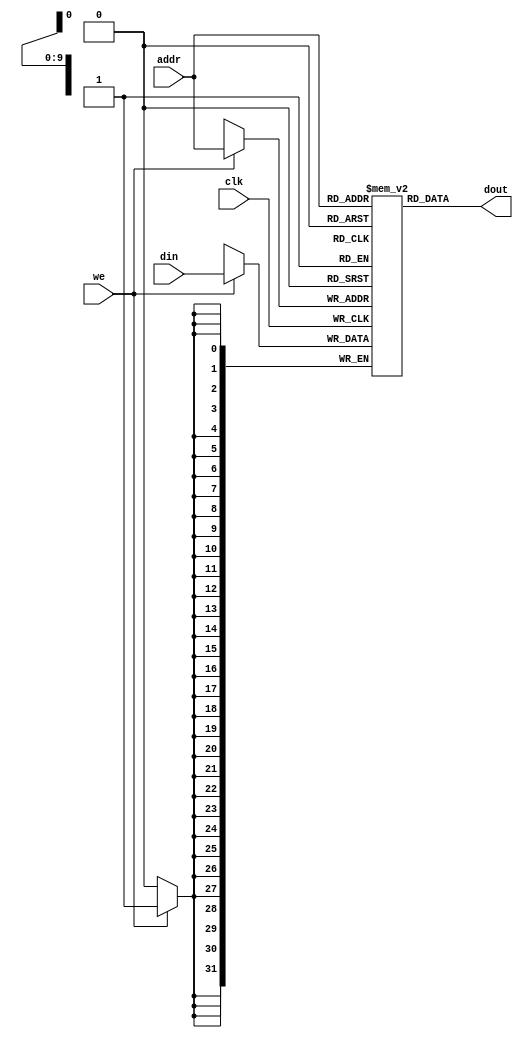

module dm_4k( addr, din, we, clk, dout ) ;
	input   [11:2]  addr ;  // address bus
    	input   [31:0]  din ;   // 32-bit input data
    	input           we ;    // memory write enable
    	input           clk ;   // clock
	output  [31:0]  dout ;  // 32-bit memory output

	reg     [31:0]  dm[1023:0] ;
		
	assign dout = dm[ addr[11:2] ];

	integer d;
	initial begin 
		for (d=0;d<1024;d=d+1)
			dm[d] = 32'h0000_0001;
	end
	always @(posedge clk)
	begin
		
		if (we) dm[ addr[11:2] ] <= din;
	end
endmodule